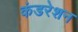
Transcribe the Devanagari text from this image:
कंडरेशन